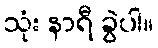
သုံး နာရီ ခွဲပါ။